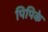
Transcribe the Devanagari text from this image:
पिपिके